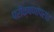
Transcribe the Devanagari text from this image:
परीक्षणोपरांत